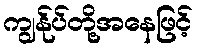
ကျွန်ုပ်တို့အနေဖြင့်